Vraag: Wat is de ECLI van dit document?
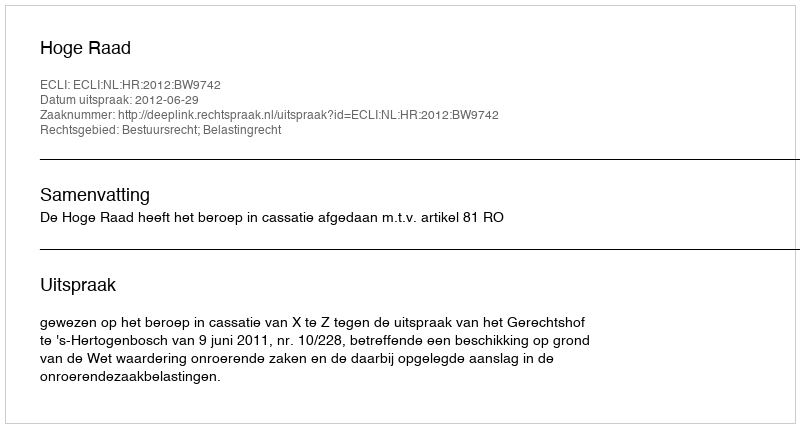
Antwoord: ECLI:NL:HR:2012:BW9742